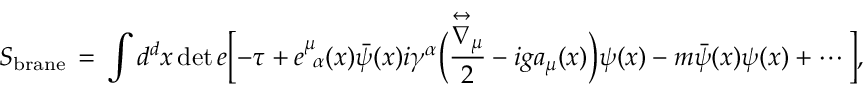
S _ { \mathrm { b r a n e } } \, = \, \int d ^ { d } x \operatorname * { d e t } { e } \biggl [ - \tau + e _ { \ \alpha } ^ { \mu } ( x ) \bar { \psi } ( x ) i \gamma ^ { \alpha } \Bigl ( \frac { \stackrel { \leftrightarrow } { \nabla } _ { \mu } } { 2 } - i g a _ { \mu } ( x ) \Bigr ) \psi ( x ) - m \bar { \psi } ( x ) \psi ( x ) + \cdots \, \biggr ] ,